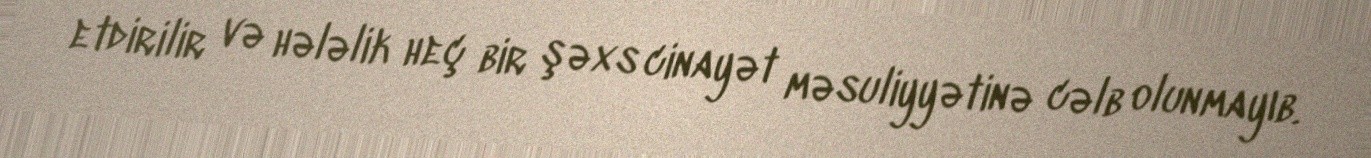
etdirilir və hələlik heç bir şəxs cinayət məsuliyyətinə cəlb olunmayıb.